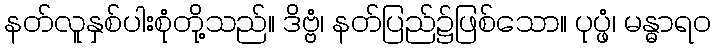
နတ်လူနှစ်ပါးစုံတို့သည်။ ဒိဗ္ဗံ၊ နတ်ပြည်၌ဖြစ်သော။ ပုပ္ဖံ၊ မန္ဓာရဝ